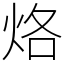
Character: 烙